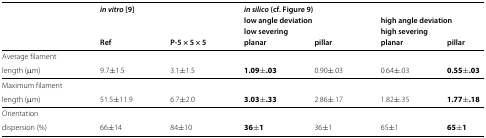
<table><thead><tr><td><b> </b></td><td colspan="2"><b><i>in vitro </i>[9]</b></td><td colspan="4"><b><i>in silico</i> (cf. Figure 9)</b></td></tr><tr><td><b> </b></td><td colspan="2"><b> </b></td><td colspan="2"><b>low angle deviation</b></td><td colspan="2"><b>high angle deviation</b></td></tr><tr><td><b> </b></td><td colspan="2"><b> </b></td><td colspan="2"><b>low severing</b></td><td colspan="2"><b>high severing</b></td></tr><tr><td><b> </b></td><td><b>Ref</b></td><td><b>P-5 × 5 × 5</b></td><td><b>planar</b></td><td><b>pillar</b></td><td><b>planar</b></td><td><b>pillar</b></td></tr></thead><tbody><tr><td>Average filament</td><td colspan="6"> </td></tr><tr><td>length <i>μ</i>m)</td><td>9.7 ±1.5</td><td>3.1 ±1.5</td><td><b>1.09 ±.03</b></td><td>0.90 ±.03</td><td>0.64 ±.03</td><td><b>0.55 ±.03</b></td></tr><tr><td>Maximum filament</td><td colspan="6"> </td></tr><tr><td>length (<i>μ</i>m)</td><td>51.5 ±11.9</td><td>6.7 ±2.0</td><td><b>3.03 ±.33</b></td><td>2.86 ±.17</td><td>1.82 ±.35</td><td><b>1.77 ±.18</b></td></tr><tr><td>Orientation</td><td colspan="6"> </td></tr><tr><td>dispersion (%)</td><td>66 ±14</td><td>84 ±10</td><td><b>36 ±1</b></td><td>36 ±1</td><td>65 ±1</td><td><b>65 ±1</b></td></tr></tbody></table>